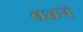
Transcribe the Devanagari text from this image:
वतनें